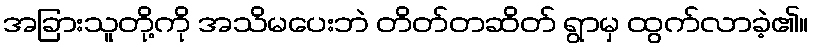
အခြားသူတို့ကို အသိမပေးဘဲ တိတ်တဆိတ် ရွာမှ ထွက်လာခဲ့၏။